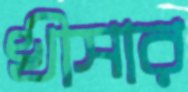
খীসার